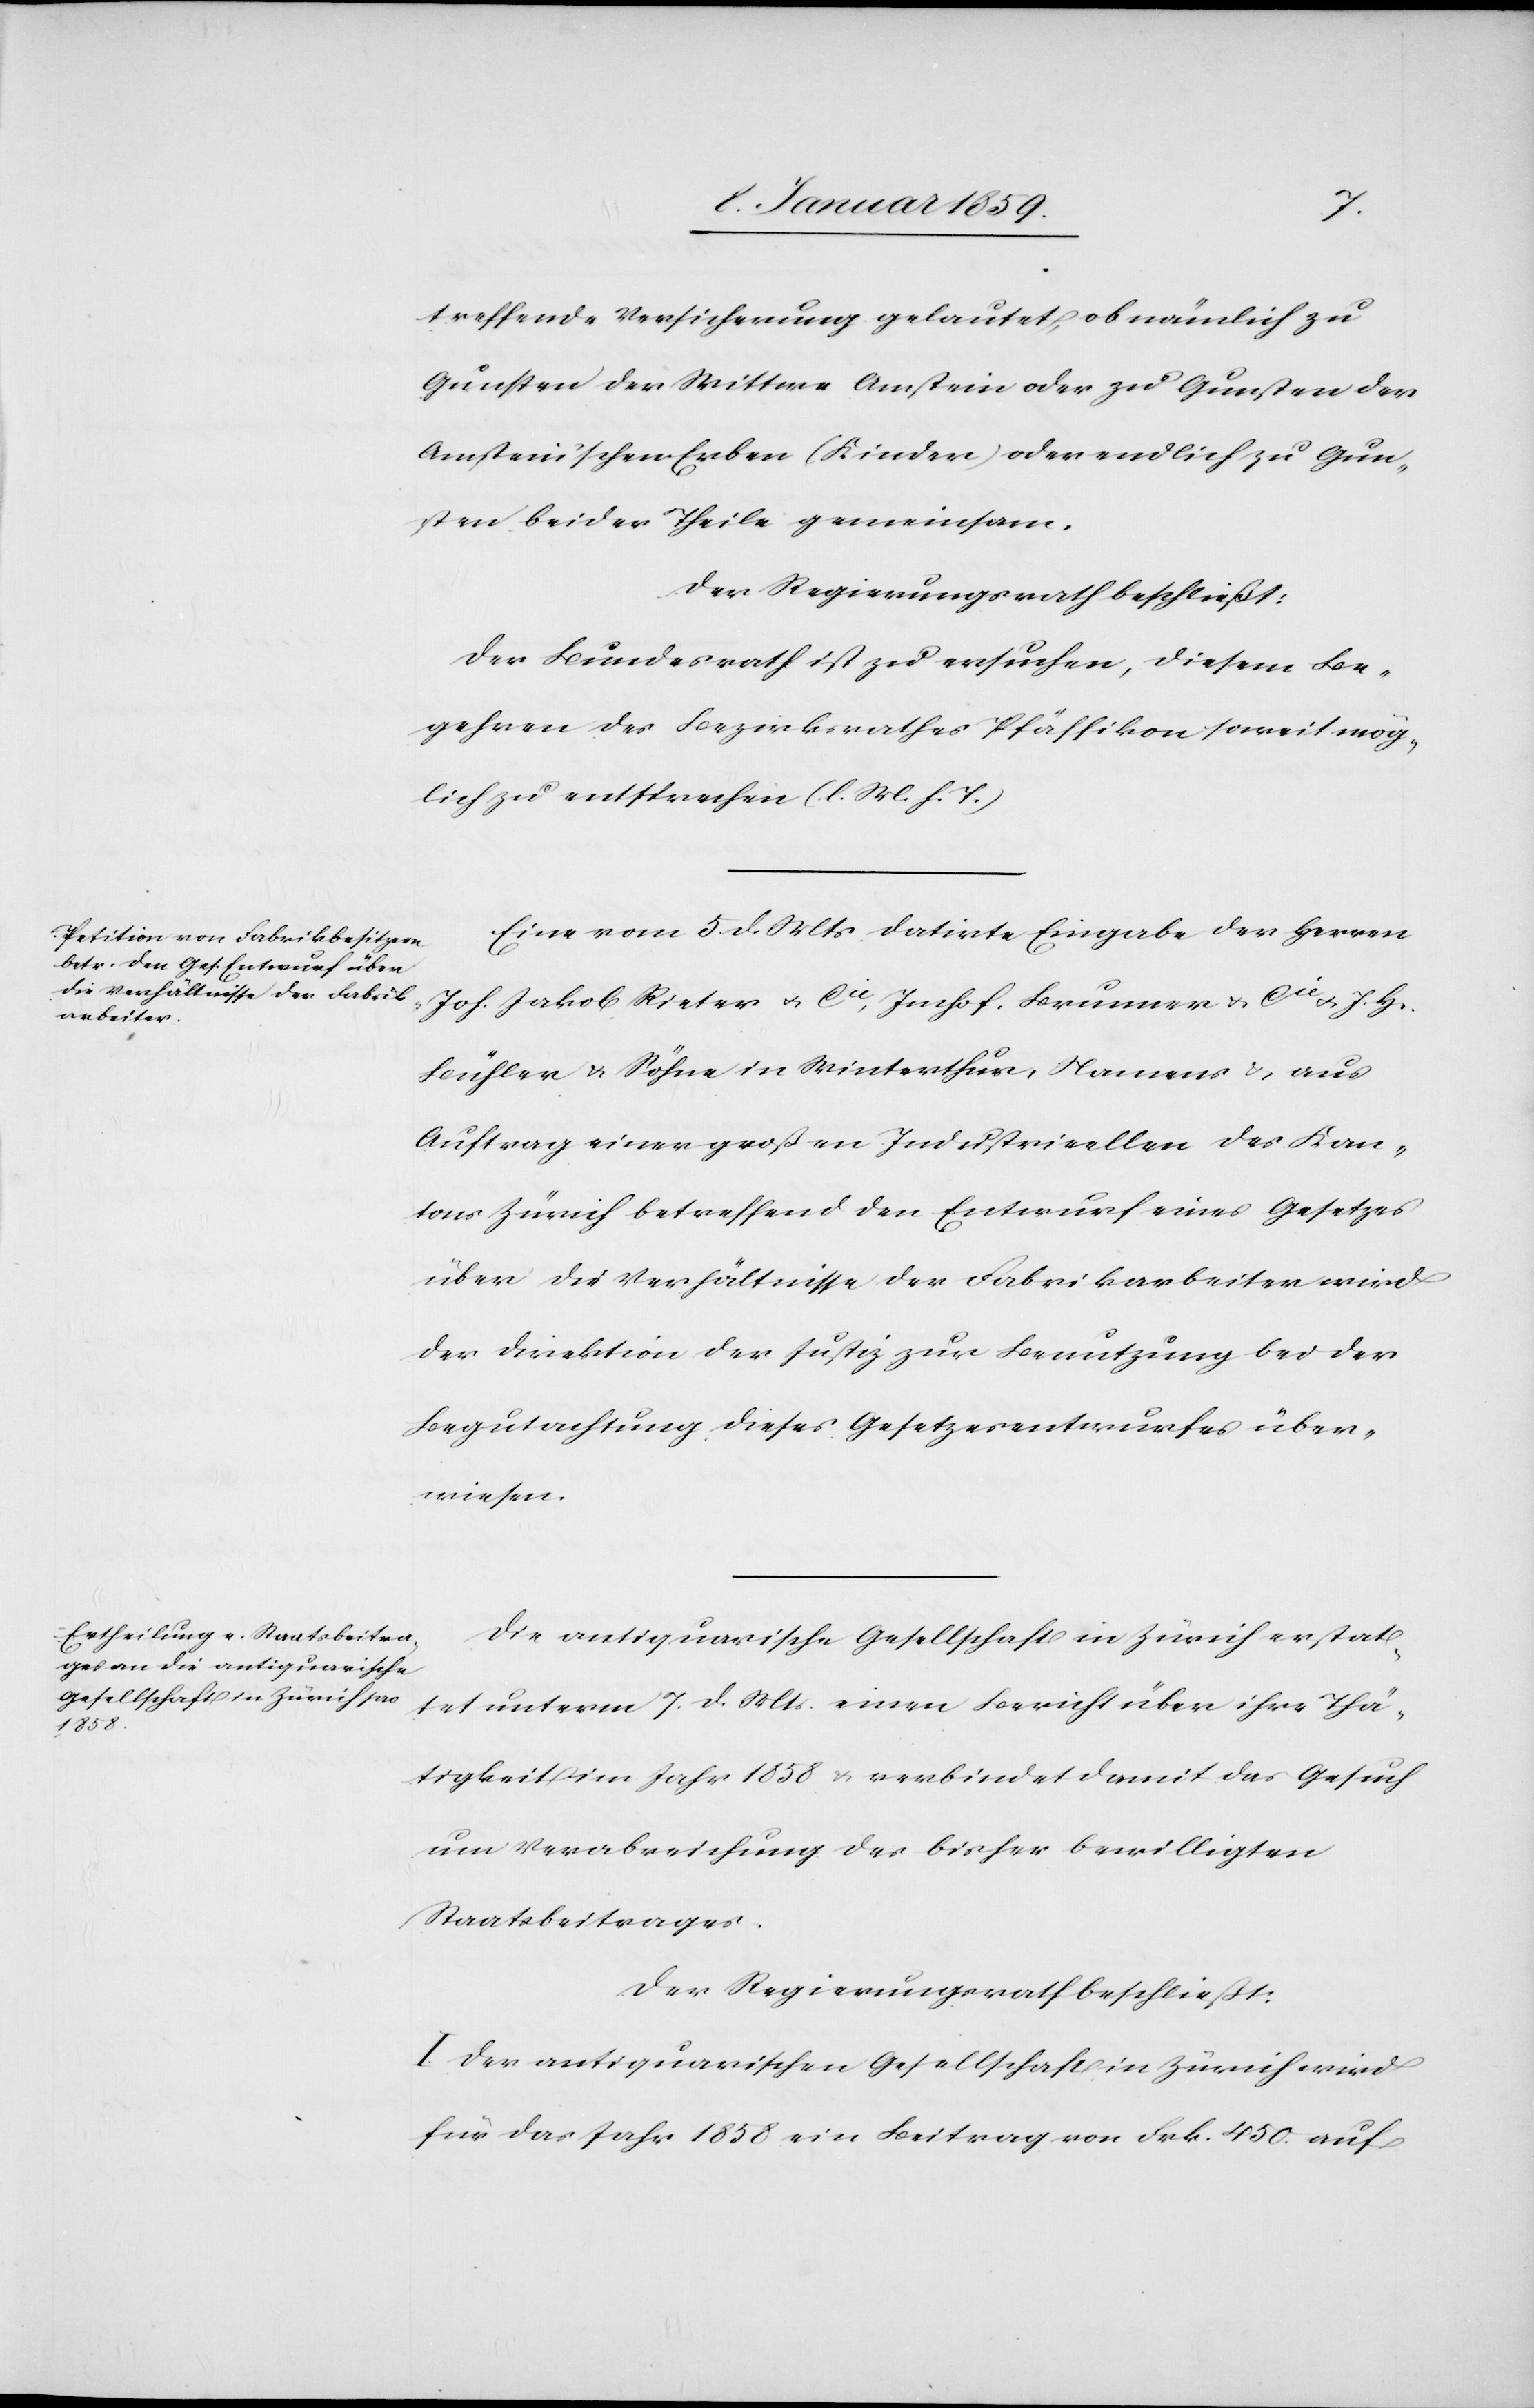
treffende Versicherung gelautet, ob nämlich zu
Gunsten der Wittwe Amstein oder zu Gunsten der
Amstein'schen Erben (Kinder) oder endlich zu Gun¬
sten beider Theile gemeinsam.
Der Regierungsrath beschließt:
Der Bundesrath ist zu ersuchen, diesem Be¬
gehren des Bezirksrathes Pfäffikon soweit mög¬
lich zu entsprechen (l. M.h. T.)
Eine vom 5 d. Mts. datirte Eingabe der Herren
Joh. Jakob Rieter & Cie, Imhof, Brunner & Cie u. J. H.
Bühler & Söhne in Winterthur, Namens u. aus
Auftrag einer großen Industrieellen des Kan¬
tons Zürich betreffend den Entwurf eines Gesetzes
über die Verhältnisse der Fabrikarbeiter wird
der Direktion der Justiz zur Benutzung bei der
Begutachtung dieses Gesetzesentwurfes über¬
wiesen.
Die antiquarische Gesellschaft in Zürich erstat¬
tet unterm 7. d. Mts. einen Bericht über ihre Thä¬
tigkeit im Jahr 1858 u. verbindet damit das Gesuch
um Verabreichung des bisher bewilligten
Staatsbeitrages.
Der Regierungsrath beschließt:
I. Der antiquarischen Gesellschaft in Zürich wird
für das Jahr 1858 ein Beitrag von Frk. 450. auf